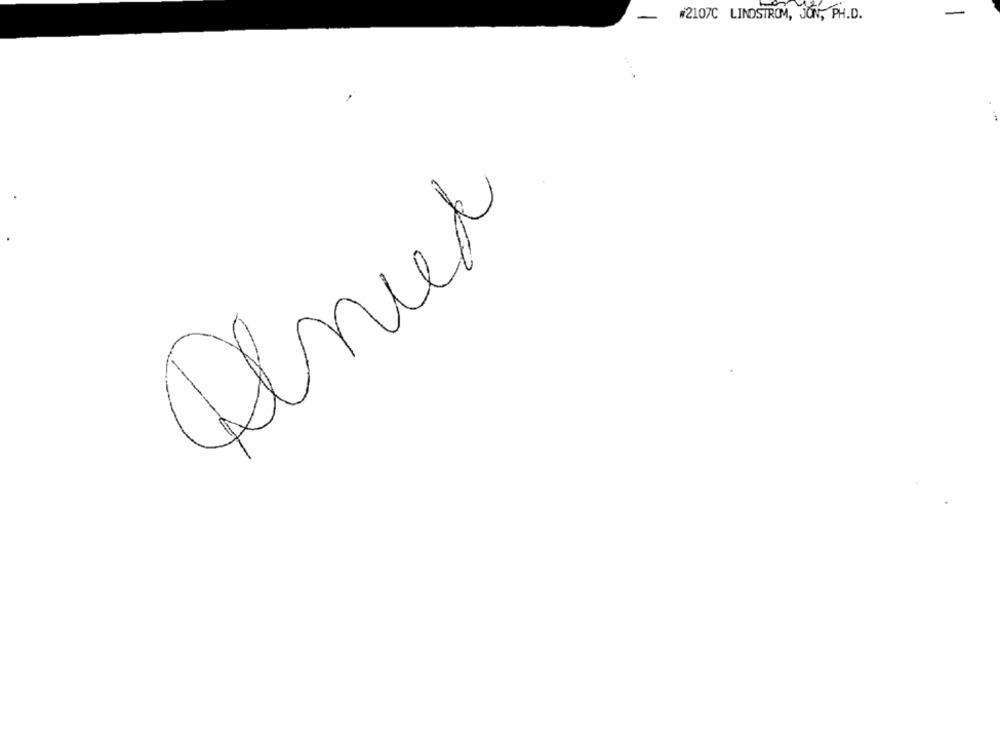
-
#2107C LINDSTROM, JON, PH.D.
Denied